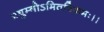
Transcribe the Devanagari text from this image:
प्रद्युम्नोऽमितविक्रमः।।